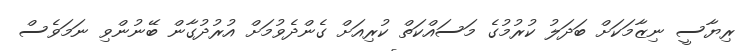
ރިޔާސީ ނިޒާމަކަށް ބަދަލު ކުރުމުގެ މަސައްކަތް ކުރިއަށް ގެންދެވުމަށް އުރުދުގާން ބޭނުންވި ނަމަވެސް